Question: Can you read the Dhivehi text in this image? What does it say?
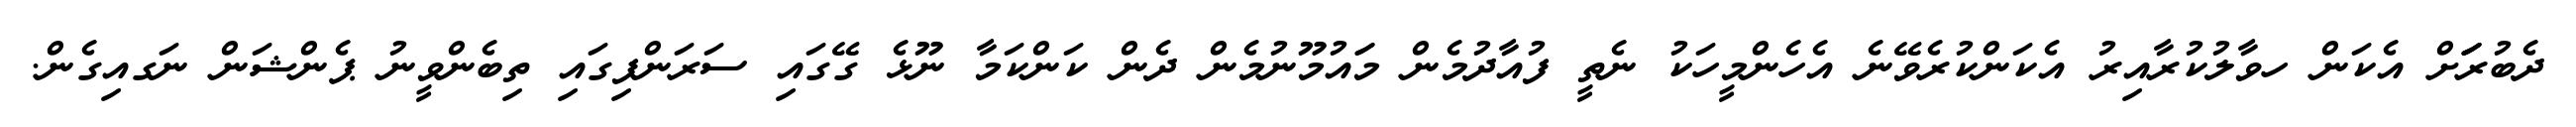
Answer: ދެބުރަަަށް އެކަން ހވާލުކުރާއިރު އެކަންކުރެވޭނެ އެހެންމީހަކު ނެތީ ފުއާދުމެން މަައުމޫނުމެން ދެން ކަންކަމާ ނޫޅެ ގޭގައި ސަރަންފިގައި ތިބެންވީނު ޕެންޝަން ނަގއިގެން.